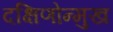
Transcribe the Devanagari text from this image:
दक्षिणोन्मुख